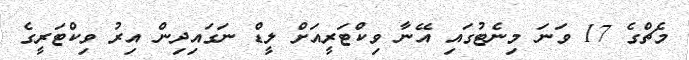
މެޗްގެ 17 ވަނަ މިނެޓުގައި އޭނާ ވިކްޓަރީއަށް ލީޑް ނަގައިދިން އިރު ވިކްޓަރީގެ